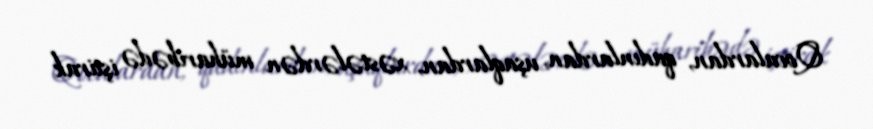
Qocalardan, qadınlardan, uşaqlardan, xəstələrdən müharibədə iştirak